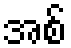
အစ်